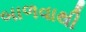
બાળવાથી